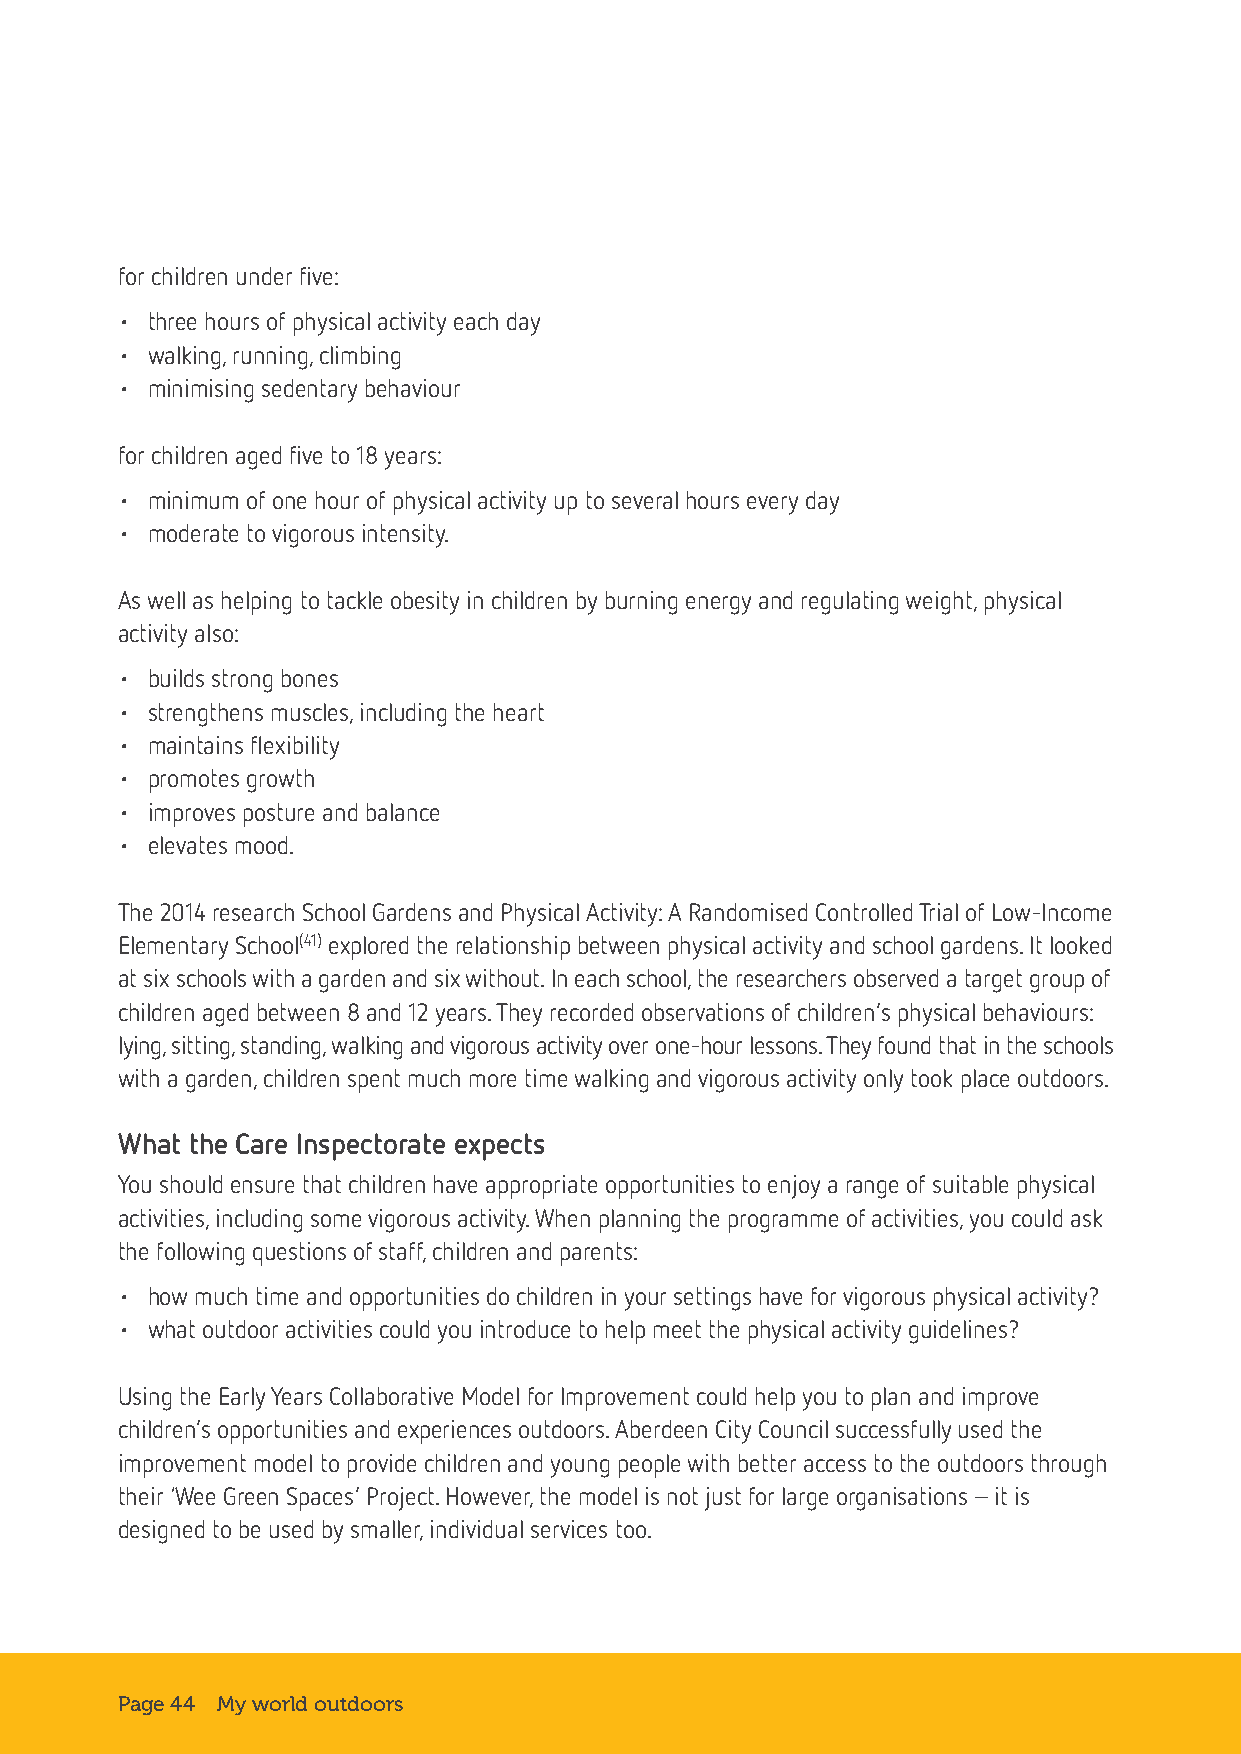
for children under five:
 • three hours of physical activity each day
 • walking, running, climbing
 • minimising sedentary behaviour
 for children aged five to 18 years:
 • minimum of one hour of physical activity up to several hours every day
 • moderate to vigorous intensity.
 As well as helping to tackle obesity in children by burning energy and regulating weight, physical
 activity also:
 • builds strong bones
 • strengthens muscles, including the heart
 • maintains flexibility
 • promotes growth
 • improves posture and balance
 • elevates mood.
 The 2014 research School Gardens and Physical Activity: A Randomised Controlled Trial of Low-Income
 Elementary School(41) explored the relationship between physical activity and school gardens. It looked
 at six schools with a garden and six without. In each school, the researchers observed a target group of
 children aged between 8 and 12 years. They recorded observations of children’s physical behaviours:
 lying, sitting, standing, walking and vigorous activity over one-hour lessons. They found that in the schools
 with a garden, children spent much more time walking and vigorous activity only took place outdoors.
 What the Care Inspectorate expects
 You should ensure that children have appropriate opportunities to enjoy a range of suitable physical
 activities, including some vigorous activity. When planning the programme of activities, you could ask
 the following questions of staff, children and parents:
 • how much time and opportunities do children in your settings have for vigorous physical activity?
 • what outdoor activities could you introduce to help meet the physical activity guidelines?
 Using the Early Years Collaborative Model for Improvement could help you to plan and improve
 children’s opportunities and experiences outdoors. Aberdeen City Council successfully used the
 improvement model to provide children and young people with better access to the outdoors through
 their ‘Wee Green Spaces’ Project. However, the model is not just for large organisations – it is
 designed to be used by smaller, individual services too.
 Page 44 My world outdoors